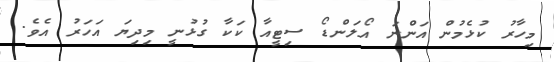
މިހާރު ކުޅެމުން އަންނަ އޯލަންޑޯ ސިޓީއާ ކަކާ ގުޅުނީ މިދިޔަ އަހަރު އެވެ.